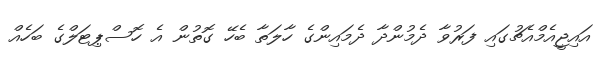
އައިޖީއެމްއެޗުގައި ފަރުވާ ދެމުންދާ ދެމައިންގެ ހާލަތާ ބެހޭ ގޮތުން އެ ހޮސްޕިޓަލްގެ ބަހެއް